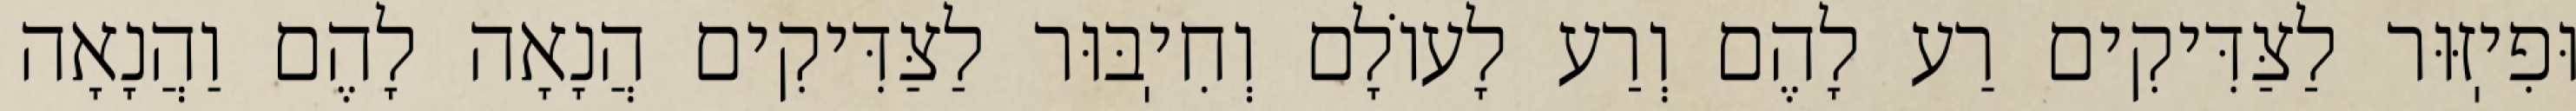
וּפִיֽזּוּר לַצַּדִּיקִים רַע לָהֶם וְרַע לָעוֹלָם וְחִיֽבּוּר לַצַּדִּיקִים הֲנָאָה לָהֶם וַהֲנָאָה